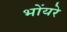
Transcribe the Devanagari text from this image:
भोंयरे